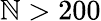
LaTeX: \mathbb{N}>200